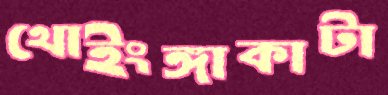
থোইংঙ্গাকাটা